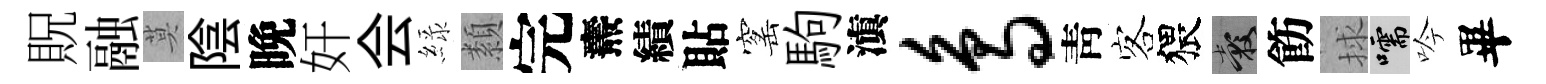
貺融莫陰晚奸会緑纇完燾績貼窰駒滇鸟靑客猥穀飭捄嚅吟畢